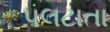
પલટાતા